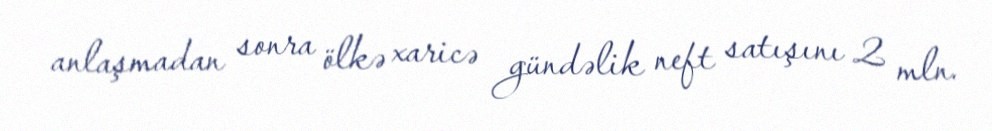
anlaşmadan sonra ölkə xaricə gündəlik neft satışını 2 mln.